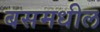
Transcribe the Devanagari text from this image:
बसमधील